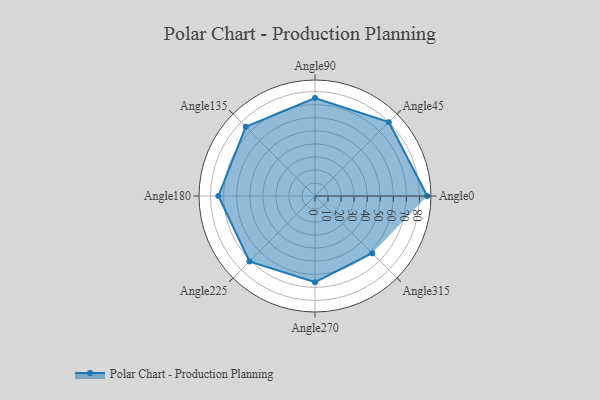
{"axis": {"x": "Angle", "y": "Radius"}, "legend": [""], "data": [{"x": "Angle0", "y": 86.0, "type": ""}, {"x": "Angle45", "y": 80.0, "type": ""}, {"x": "Angle90", "y": 75.0, "type": ""}, {"x": "Angle135", "y": 75.0, "type": ""}, {"x": "Angle180", "y": 74.0, "type": ""}, {"x": "Angle225", "y": 71.0, "type": ""}, {"x": "Angle270", "y": 66.0, "type": ""}, {"x": "Angle315", "y": 62.0, "type": ""}]}